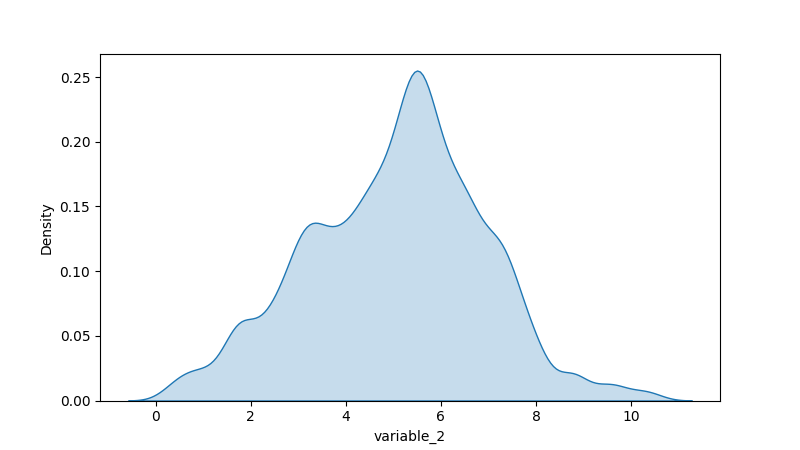
python, seaborn, kdeplot, hue='None', fill=True, bw_adjust=0.5